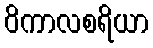
ဝိကာလစရိယာ